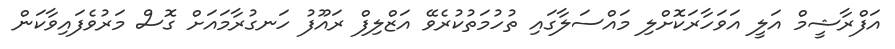
އަފްރާޝީމް އަލީ އަވަހާރަކޮށްލި މައްސަލާގައި ތުހުމަތުކުރެވޭ އަޒްލިފް ރައޫފު ހަނގުރާމައަށް ގޮސް މަރުވެފައިވާކަން